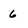
Character: 6